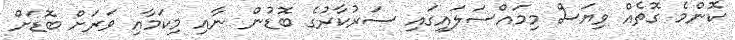
ކޮންމެ ގޮތެއް ވިޔަސް މިމައްސަލަައިގައި ސަރުކާރުގެ ބޮޑުން ނާއި މިކަމާއި ވަރަށް ބޮޑަށް